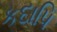
કદાપિ